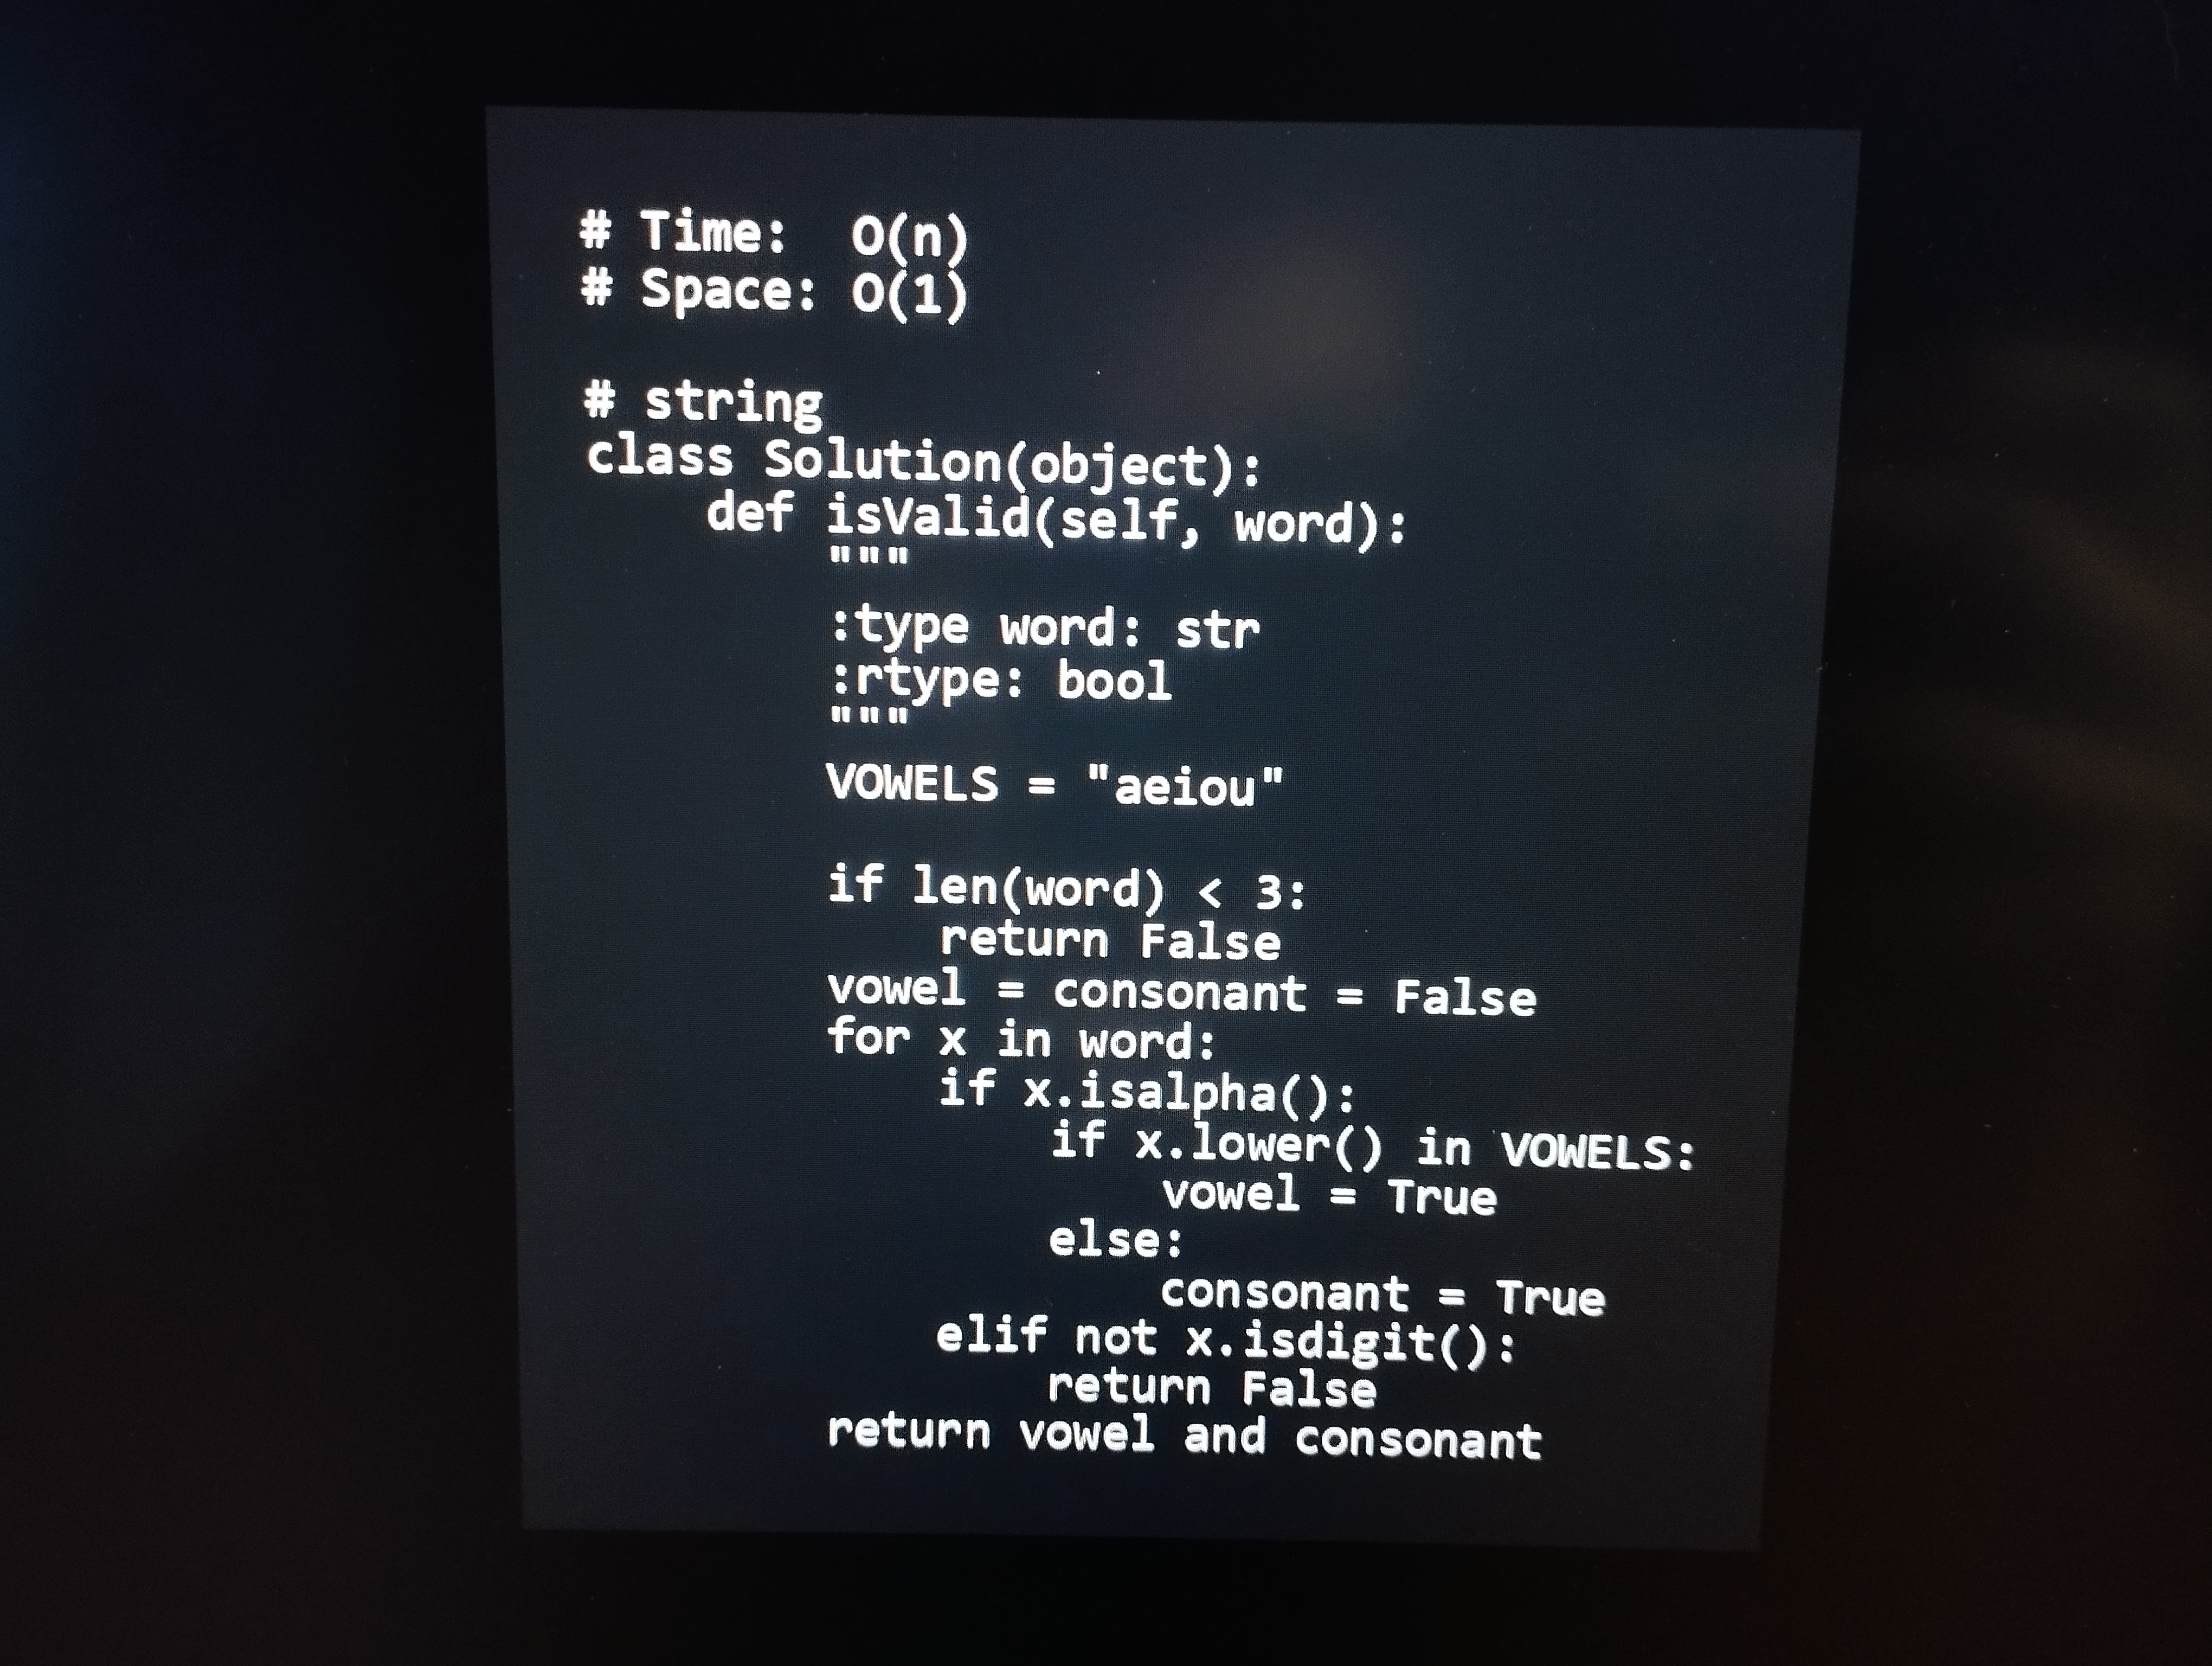
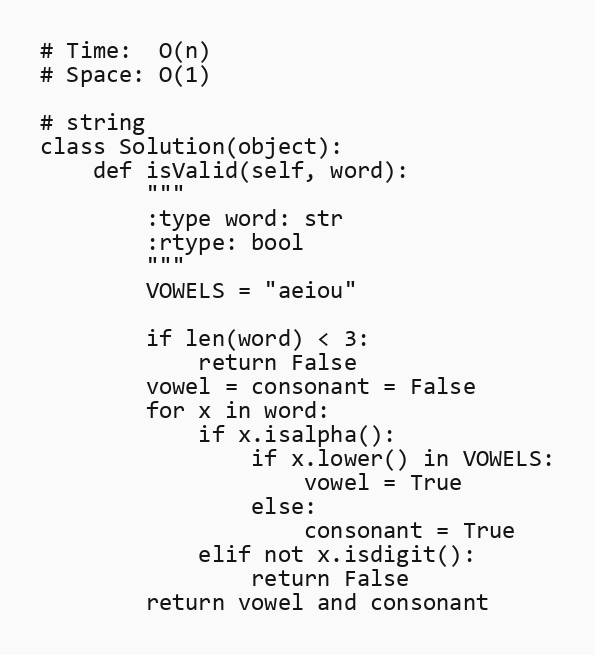
# Time:  O(n)
# Space: O(1)

# string
class Solution(object):
    def isValid(self, word):
        """
        :type word: str
        :rtype: bool
        """
        VOWELS = "aeiou"

        if len(word) < 3:
            return False
        vowel = consonant = False
        for x in word:
            if x.isalpha():
                if x.lower() in VOWELS:
                    vowel = True
                else:
                    consonant = True
            elif not x.isdigit():
                return False
        return vowel and consonant